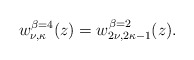
\begin{align*}w_{\nu,\kappa}^{\beta=4}(z)=w_{2\nu,2\kappa-1}^{\beta=2}(z).\end{align*}